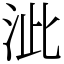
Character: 泚